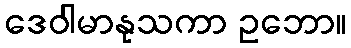
ဒေဝါမာနုသကာ ဥဘော။